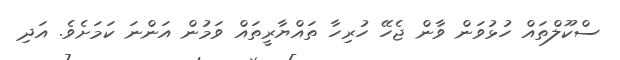
ސްކޫލްތައް ހުޅުވަން ވާން ޖެހޭ ހުރިހާ ތައްޔާރީތައް ވަމުން އަންނަ ކަމަށެވެ. އަދި